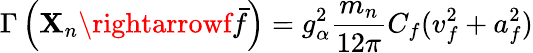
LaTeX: \Gamma\left(\mathbf{X}_{n}\rightarrowf\bar{{f}}\right)=g_{\alpha}^{2}\frac{{m_{n}}}{{12\pi}}C_{f}(v_{f}^{2}+a_{f}^{2})